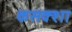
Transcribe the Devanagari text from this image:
कसक्शा